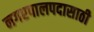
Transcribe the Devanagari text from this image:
नगरपालपदासाठी